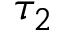
\tau _ { 2 }